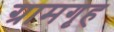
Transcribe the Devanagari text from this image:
ग्रामगृह